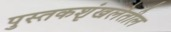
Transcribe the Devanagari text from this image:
पुस्तकशृंखलेतील